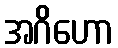
အဂိဟော